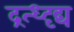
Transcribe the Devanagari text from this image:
द्रत्ध्दृद्य